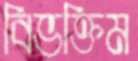
বিভক্তিম